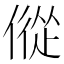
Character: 傱